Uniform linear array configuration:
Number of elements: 16
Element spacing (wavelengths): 1
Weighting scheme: kaiser
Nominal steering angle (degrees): -15
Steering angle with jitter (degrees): -15.533
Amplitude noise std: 0.05
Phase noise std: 0.05

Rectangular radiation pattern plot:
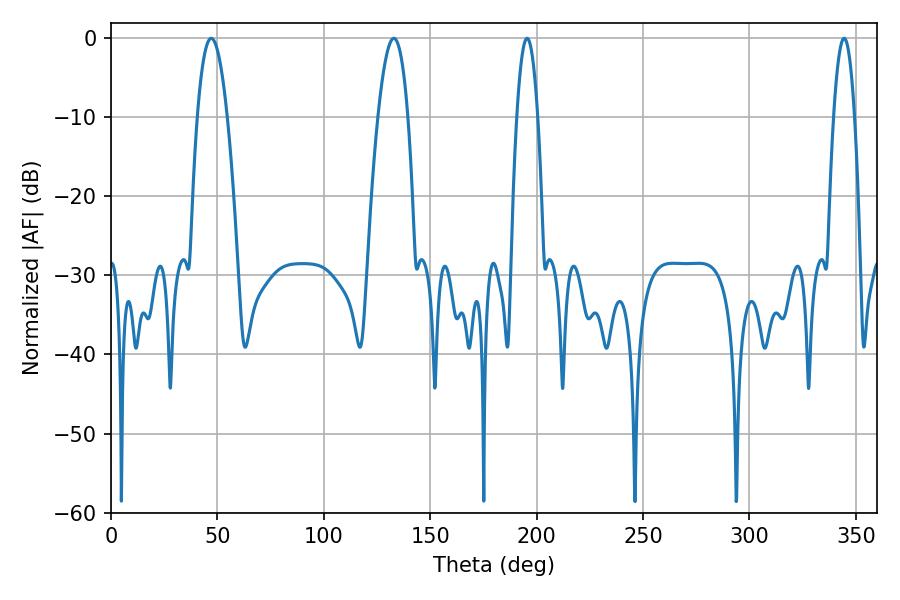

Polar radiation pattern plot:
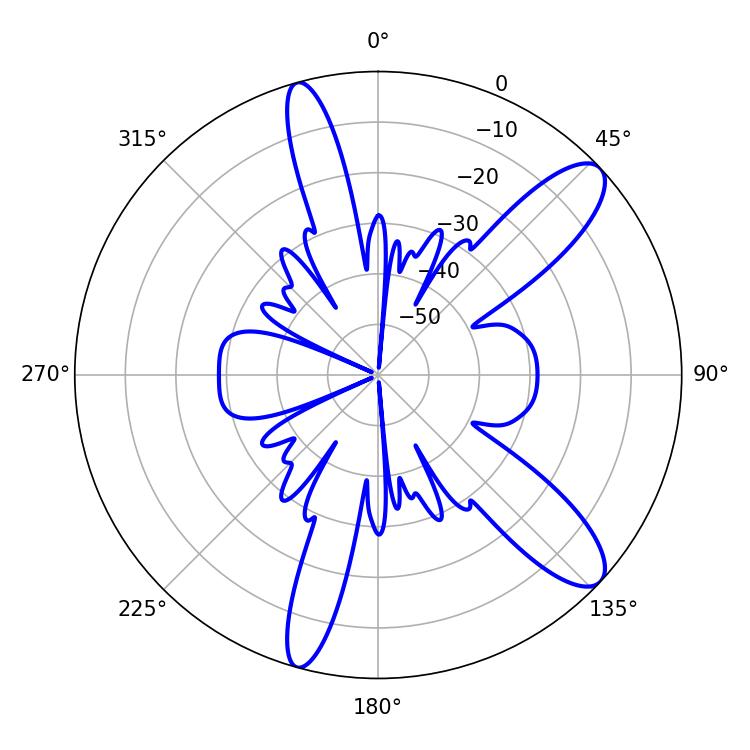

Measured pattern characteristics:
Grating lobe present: TRUE
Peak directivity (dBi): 10.994
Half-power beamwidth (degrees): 5.4
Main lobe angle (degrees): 195.48